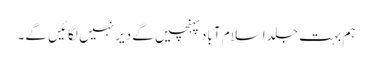
ہم بہت جلد اسلام آباد پہنچیں گے دیر نہیں لگائیں گے۔